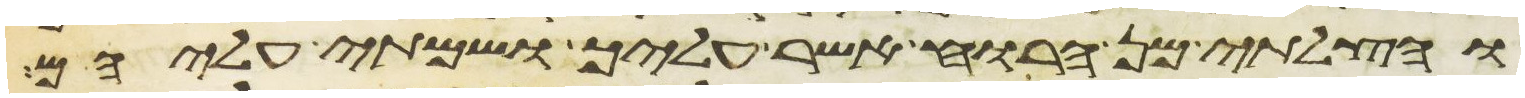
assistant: והצלתי מן הרוח אשר עליך ושמתי עליהם